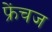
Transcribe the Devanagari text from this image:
फ्रेंचज